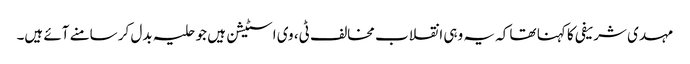
مہدی شریفی کا کہنا تھا کہ یہ وہی انقلاب مخالف ٹی، وی اسٹیشن ہیں جو حلیہ بدل کر سامنے آئے ہیں۔